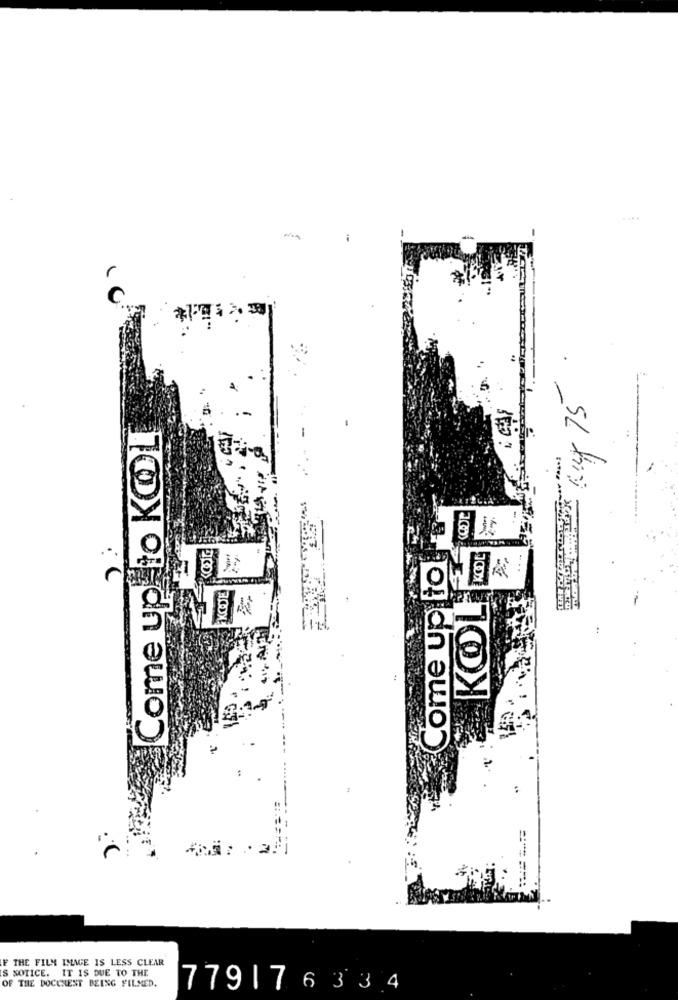
C
Ky 75
Come up to KOOL
Come up to
-
KODE
KOL
F THE FILM IMAGE IS LESS CLEAR
S NOTICE. IT IS DUE TO THE
OF THE DOCCHEST BEING FILMED.
779176334